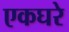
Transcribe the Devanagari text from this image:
एकघरे